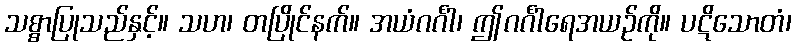
သစ္စာပြုသည်နှင့်။ သဟ၊ တပြိုင်နက်။ အယံဂင်္ဂါ၊ ဤဂင်္ဂါရေအယဉ်ကို။ ပဋိသောတံ၊